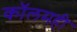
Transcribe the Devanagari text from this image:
कॉलमही